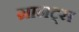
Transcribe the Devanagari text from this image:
ग्रानट्स